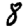
Digit: 8